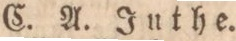
C. A. Juthe.